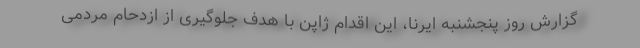
گزارش روز پنجشنبه ایرنا، این اقدام ژاپن با هدف جلوگیری از ازدحام مردمی